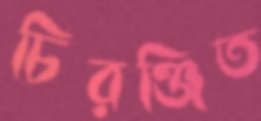
চিরঞ্জিত